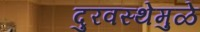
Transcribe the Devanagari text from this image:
दुरवस्थेमुळे